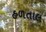
હળતાલ